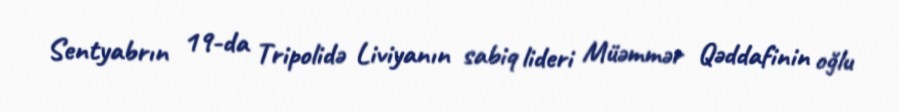
Sentyabrın 19-da Tripolidə Liviyanın sabiq lideri Müəmmər Qəddafinin oğlu